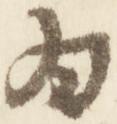
為